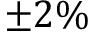
\pm 2 \%